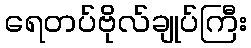
ရေတပ်ဗိုလ်ချုပ်ကြီး